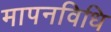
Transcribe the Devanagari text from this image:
मापनविधि